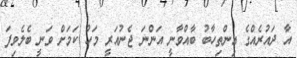
އާ ދައުރެއްގެ އިންތިހާބު ބާއްވާނީ އަންނަ ޖެނުއަރީ މަހު ކަމަށް ވަނީ ބެލެވިފަ